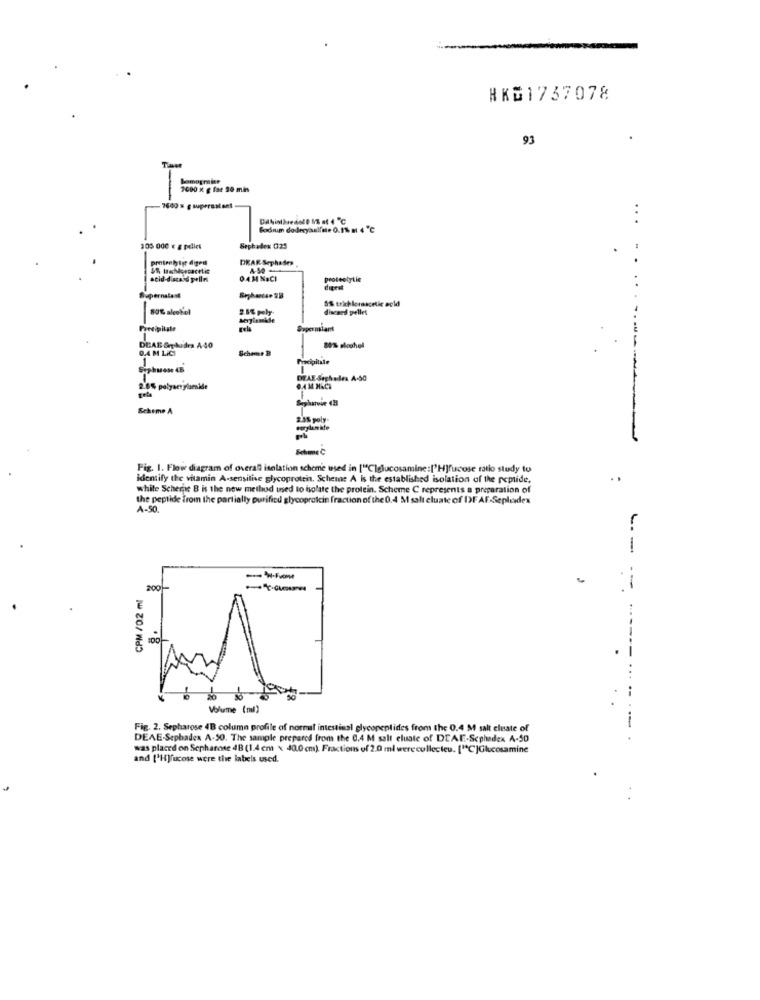
HK31737078
93
Tiave
-
1600 x g for 20 mis
..
Fodnim doderyasifmie 0.1% m 4 "℃
105 000 € g pdlles
Sephadex 025
proteoly tyt digest
DEAR Sephades
seid-discand pelles
04M NaCI
proteolytic
Supernatant
5% trichloroacetic acid
...
80% alcol'ol
2.5% poly
discard pellet
Precipitate
rela
DEAB &chides A 40
0.4 M LICİ
Scheme B
Precipitale
Siphwane 48
DEAE-Seghades A.50
2.6% polyacrylamide
Coharvie (8
Scheme A
Fig. I. Flow diagram of overall isolation scheme used in ["Clglucosamine:['H]fucose ratio study to
Identify the vitamin A-sensitive glycoprotein. Scheme A is the established isolation of the peptide,
white Scherje B is the new method used to isolate the prolein. Scheme C represents a preparation of
the peptide from the partially purified glycoprotein fraction of the 0.4 M salt cluate of DF AF-Sepledex
A-50.
-
CPM /02 ml
200
Volume (ml)
Fig. 2. Sepharose 4B column profile of normal intestinal glycopeptides from the 0.4 M salt eleate of
DEAE-Sephadex A-50. The sample prepared from the 0.4 M salt eluate of DEAF-Scphedex A-50
was placed on Sepharose 4B (1.4 cm × 40.0 cm). Fractions of 2.0 ml werecollecteu. ["C]Glucosamine
and ['H]fucose were the labels used.